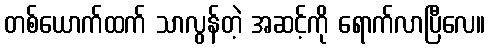
တစ်ယောက်ထက် သာလွန်တဲ့ အဆင့်ကို ရောက်လာပြီလေ။